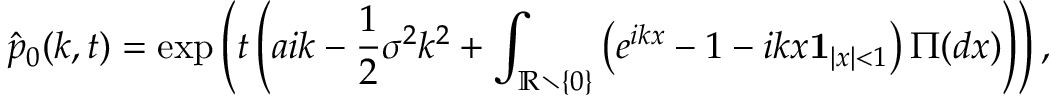
\hat { p } _ { 0 } ( k , t ) = \exp \left( t \left( a i k - \frac { 1 } { 2 } \sigma ^ { 2 } k ^ { 2 } + \int _ { \mathbb { R } \setminus \{ 0 \} } \left( e ^ { i k x } - 1 - i k x \mathbf { 1 } _ { | x | < 1 } \right) \Pi ( d x ) \right) \right) ,